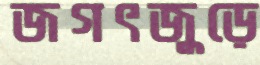
জগৎজুড়ে